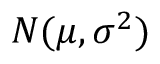
N ( \mu , \sigma ^ { 2 } )